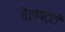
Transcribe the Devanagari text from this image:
वेलपट्टी